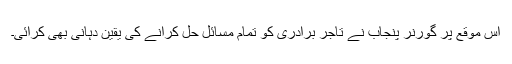
اس موقع پر گورنر پنجاب نے تاجر برادری کو تمام مسائل حل کرانے کی یقین دہانی بھی کرائی۔